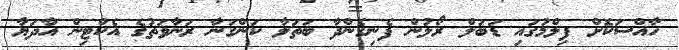
ހާއްސަކޮށް ފިލްމުގައި ޑަބަލް ރޯލުން ފެނިގެންދާ ބަތަލާ ކަންގަނާ ރަނާވަތުގެ އެކްޓިން އާދަޔާ